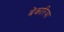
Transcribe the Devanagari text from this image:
बेकारिया